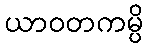
ယာဝတကမ္ပိ